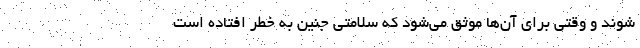
شوند و وقتی برای آن‌ها موثق می‌شود که سلامتی جنین به خطر افتاده است